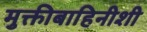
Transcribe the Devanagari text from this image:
मुक्तीबाहिनीशी